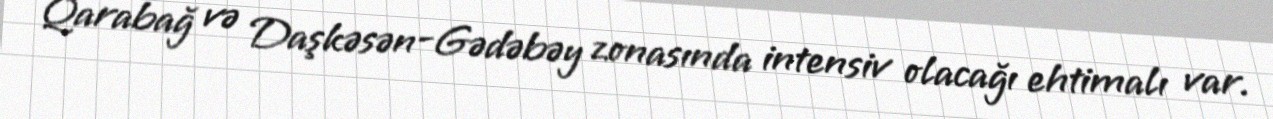
Qarabağ və Daşkəsən-Gədəbəy zonasında intensiv olacağı ehtimalı var.